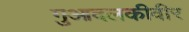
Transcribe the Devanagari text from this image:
गुआदलकीवीर